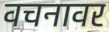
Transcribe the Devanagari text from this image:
वचनावर